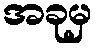
အခုမှ